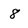
Character: 8